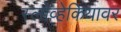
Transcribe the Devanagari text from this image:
स्लोव्हेकियावर